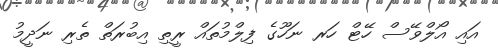
އައި އޯލްވޭސް ހޭޓް ހަރ ނަހޫގެ ފިލްމުތައް ރީތި އިބުރަތް ތެރި ނަދީމު